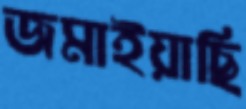
জমাইয়াছি